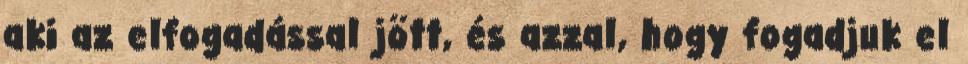
aki az elfogadással jött, és azzal, hogy fogadjuk el